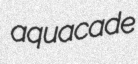
aquacade